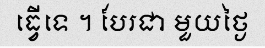
ធ្វើទេ ។ បែរជា មួយថ្ងៃ